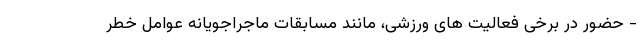
- حضور در برخی فعالیت های ورزشی، مانند مسابقات ماجراجویانه عوامل خطر